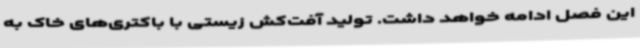
این فصل ادامه خواهد داشت. تولید آفت‌کش زیستی با باکتری‌های خاک به